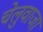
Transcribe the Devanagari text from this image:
चेलुवाजा